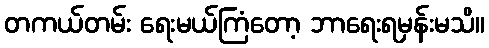
တကယ်တမ်း ရေးမယ်ကြံတော့ ဘာရေးရမှန်းမသိ။